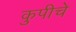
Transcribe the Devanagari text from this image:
कुपीचे